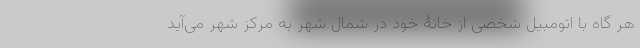
هر گاه با اتومبیل شخصی از خانۀ خود در شمال شهر به مرکز شهر می‌آید